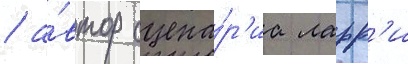
/ а́втор сцена́р'иа ларр'и